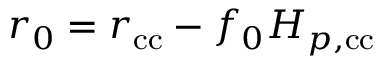
r _ { 0 } = r _ { \mathrm { c c } } - f _ { 0 } H _ { p , \mathrm { { c c } } }